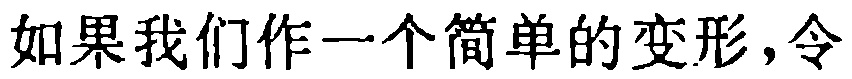
如果我们作一个简单的变形,令